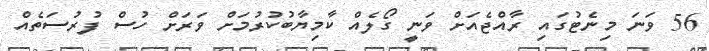
56 ވަނަ މިނެޓުގައި ރާއްޖެއަށް ވަނީ ގޯލެއް ކާމިޔާބުކުރުމަށް ވަރަށް ހުސް ފުރުސަތެއް